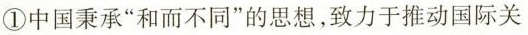
①中国秉承”和而不同”的思想，致力于推动国际关